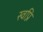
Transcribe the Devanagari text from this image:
स्वप्नि